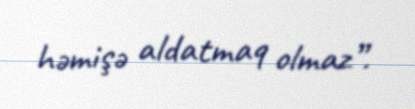
həmişə aldatmaq olmaz”.